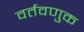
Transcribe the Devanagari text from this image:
वर्तवणुक